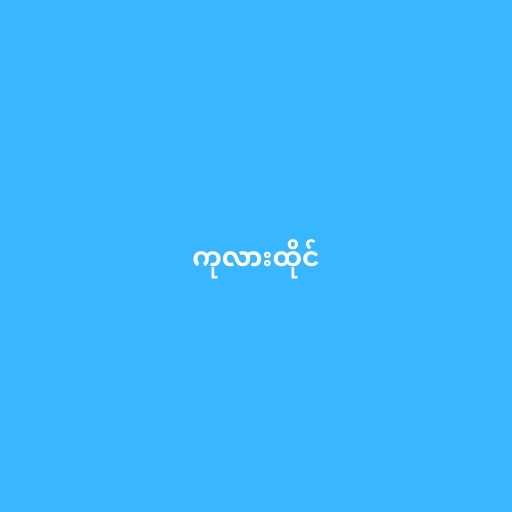
ကုလားထိုင်